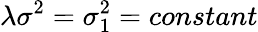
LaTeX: \lambda\sigma^{2}=\sigma_{1}^{2}=constant